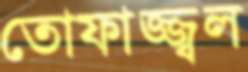
তোফাজ্জ্বল